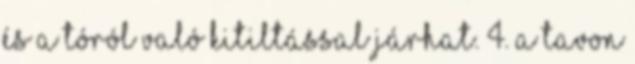
és a tóról való kitiltással járhat. 4. A tavon